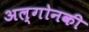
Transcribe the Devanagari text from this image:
अल्गोनकी